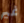
غير